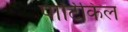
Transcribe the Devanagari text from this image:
पार्टिकिल